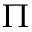
\Pi